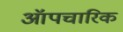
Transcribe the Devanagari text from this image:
ऑपचारिक